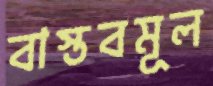
বাস্তবমূল